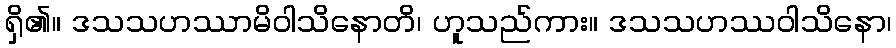
ရှိ၏။ ဒသသဟဿာမိဝါသိနောတိ၊ ဟူသည်ကား။ ဒသသဟဿဝါသိနော၊